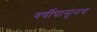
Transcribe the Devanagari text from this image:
वर्षीपासूनच